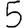
Digit: 5